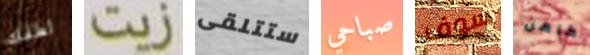
لطفك زيت ستتلقى صباحي سوف كاهن